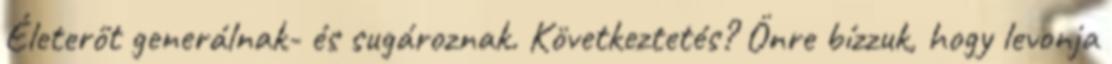
Életerőt generálnak- és sugároznak. Következtetés? Önre bízzuk, hogy levonja